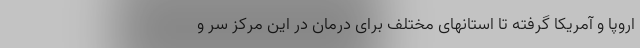
اروپا و آمریکا گرفته تا استانهای مختلف برای درمان در این مرکز سر و